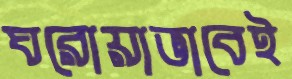
ঘরোয়াভাবেই